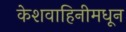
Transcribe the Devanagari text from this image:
केशवाहिनीमधून